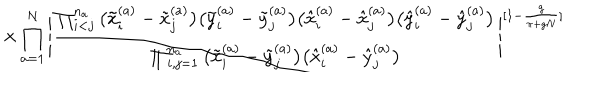
\times \prod _ { a = 1 } ^ { N } \Bigg | \frac { \prod _ { i < j } ^ { n _ { a } } \big ( \tilde { x } _ { i } ^ { ( a ) } - \tilde { x } _ { j } ^ { ( a ) } \big ) \big ( \tilde { y } _ { i } ^ { ( a ) } - \tilde { y } _ { j } ^ { ( a ) } \big ) \big ( \hat { x } _ { i } ^ { ( a ) } - \hat { x } _ { j } ^ { ( a ) } \big ) \big ( \hat { y } _ { i } ^ { ( a ) } - \hat { y } _ { j } ^ { ( a ) } \big ) } { \prod _ { i , j = 1 } ^ { n _ { a } } \big ( \tilde { x } _ { i } ^ { ( a ) } - \tilde { y } _ { j } ^ { ( a ) } \big ) \big ( \hat { x } _ { i } ^ { ( a ) } - \hat { y } _ { j } ^ { ( a ) } \big ) } \Bigg | ^ { [ 1 - \frac { g } { \pi + g N } ] }